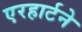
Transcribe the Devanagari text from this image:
एरहार्टने